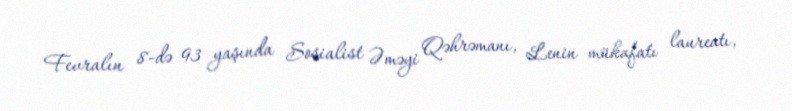
Fevralın 8-də 93 yaşında Sosialist Əməyi Qəhrəmanı, Lenin mükafatı laureatı,